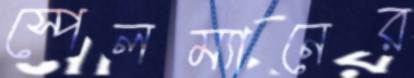
স্পেলম্যানের